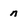
Character: n